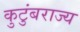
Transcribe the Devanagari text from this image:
कुटुंबराज्य